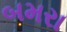
બમરા